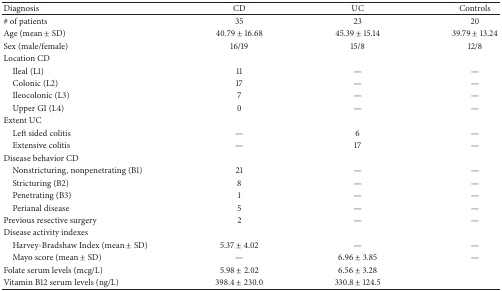
<table><thead><tr><td><b>Diagnosis</b></td><td><b>CD</b></td><td><b>UC</b></td><td><b>Controls</b></td></tr></thead><tbody><tr><td># of patients</td><td>35</td><td>23</td><td>20</td></tr><tr><td>Age (mean ± SD)</td><td>40.79 ± 16.68</td><td>45.39 ± 15.14</td><td>39.79 ± 13.24</td></tr><tr><td>Sex (male/female)</td><td>16/19</td><td>15/8</td><td>12/8</td></tr><tr><td>Location CD</td><td> </td><td> </td><td> </td></tr><tr><td> Ileal (L1)</td><td>11</td><td>—</td><td>—</td></tr><tr><td> Colonic (L2)</td><td>17</td><td>—</td><td>—</td></tr><tr><td> Ileocolonic (L3)</td><td>7</td><td>—</td><td>—</td></tr><tr><td> Upper GI (L4)</td><td>0</td><td>—</td><td>—</td></tr><tr><td>Extent UC</td><td> </td><td> </td><td> </td></tr><tr><td> Left sided colitis</td><td>—</td><td>6</td><td>—</td></tr><tr><td> Extensive colitis</td><td>—</td><td>17</td><td>—</td></tr><tr><td>Disease behavior CD</td><td> </td><td> </td><td> </td></tr><tr><td> Nonstricturing, nonpenetrating (B1)</td><td>21</td><td>—</td><td>—</td></tr><tr><td> Stricturing (B2)</td><td>8</td><td>—</td><td>—</td></tr><tr><td> Penetrating (B3)</td><td>1</td><td>—</td><td>—</td></tr><tr><td> Perianal disease</td><td>5</td><td>—</td><td>—</td></tr><tr><td>Previous resective surgery</td><td>2</td><td>—</td><td>—</td></tr><tr><td>Disease activity indexes</td><td> </td><td> </td><td> </td></tr><tr><td> Harvey-Bradshaw Index (mean ± SD)</td><td>5.37 ± 4.02</td><td>—</td><td>—</td></tr><tr><td> Mayo score (mean ± SD)</td><td>—</td><td>6.96 ± 3.85</td><td>—</td></tr><tr><td>Folate serum levels (mcg/L)</td><td>5.98 ± 2.02</td><td>6.56 ± 3.28</td><td> </td></tr><tr><td>Vitamin B12 serum levels (ng/L)</td><td>398.4 ± 230.0</td><td>330.8 ± 124.5</td><td> </td></tr></tbody></table>